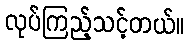
လုပ်ကြည့်သင့်တယ်။